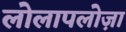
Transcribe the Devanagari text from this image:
लोलापलोज़ा